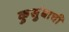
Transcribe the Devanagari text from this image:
कुसुंबाची